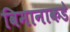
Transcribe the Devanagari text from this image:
विमानाकडे